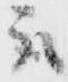
取